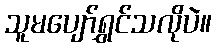
သူမပျော်ရွှင်သလိုပဲ။